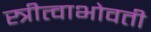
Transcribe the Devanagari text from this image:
स्त्रीत्वाभोवती